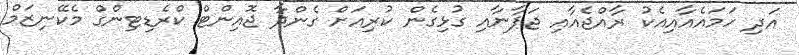
އަދި ހަމައެއާއިއެކު ރާއްޖެއާއި ޖަޕާނާއި ގުޅިގެން ކުރިއަށް ގެންދާ ޖޮއިންޓް ކްރެޑިޓިންގް މެކޭނިޒަމް